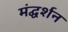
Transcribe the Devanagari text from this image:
मंद्घर्शन